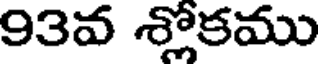
93వ శ్లోకము